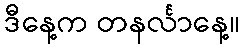
ဒီနေ့က တနင်္လာနေ့။